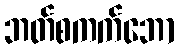
ဘတ်စကက်ဘော